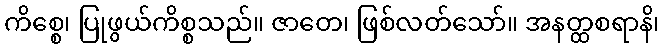
ကိစ္စေ၊ ပြုဖွယ်ကိစ္စသည်။ ဇာတေ၊ ဖြစ်လတ်သော်။ အနတ္ထစရာနိ၊